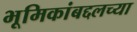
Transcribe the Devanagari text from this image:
भूमिकांबद्दलच्या